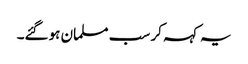
یہ کہہ کر سب مسلمان ہوگئے۔